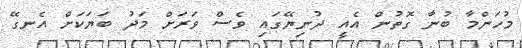
މުހަންމާ ބުނާ ގޮތުން އެއީ ދުނިޔޭގައި ވެސް ވަރަށް މަދު ބަޔަކަށް އެނގޭ